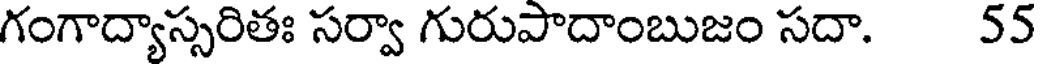
గంగాద్యాస్సరితః సర్వా గురుపాదాంబుజం సదా. 55